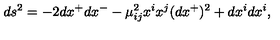
d s ^ { 2 } = - 2 d x ^ { + } d x ^ { - } - \mu _ { i j } ^ { 2 } x ^ { i } x ^ { j } ( d x ^ { + } ) ^ { 2 } + d x ^ { i } d x ^ { i } ,